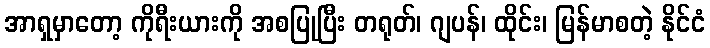
အာရှမှာတော့ ကိုရီးယားကို အစပြုပြီး တရုတ်၊ ဂျပန်၊ ထိုင်း၊ မြန်မာစတဲ့ နိုင်ငံ